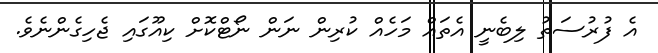
އެ ފުރުސަތު ލިބެނީ އެތައް މަހެއް ކުރިން ނަން ނޯޓްކޮށް ކިއޫގައި ޖެހިގެންނެވެ.